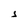
Character: J